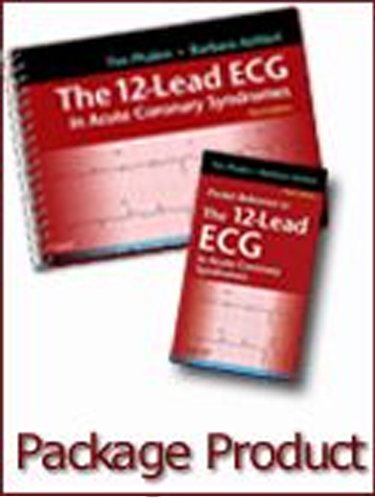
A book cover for The 12-Lead ECG in Acute Coronary Syndromes - Text and Pocket Reference Package, 3e; Tim Phalen; Medical Books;